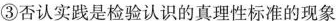
③否认实践是检验认识的真理性标准的现象